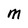
Character: M